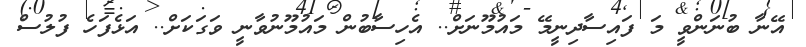
އޭނާ ބުނަންވީ މަ ފައިސާދިނީމޭ މައުމޫނަށް.. އެހިސާބުން މައުމޫނުވާނީ ވަގަކަށް.. އަޅެފަހެ ފުލުސް